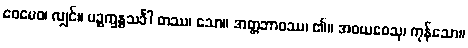
ဧဝမေဝ၊ လျှင်။ ပဉ္စက္ခန္ဓသင်္ခါ တဿ၊ သော။ အတ္တဘာဝဿ၊ ၏။ အဝယဝေသု၊ ကုန်သော။